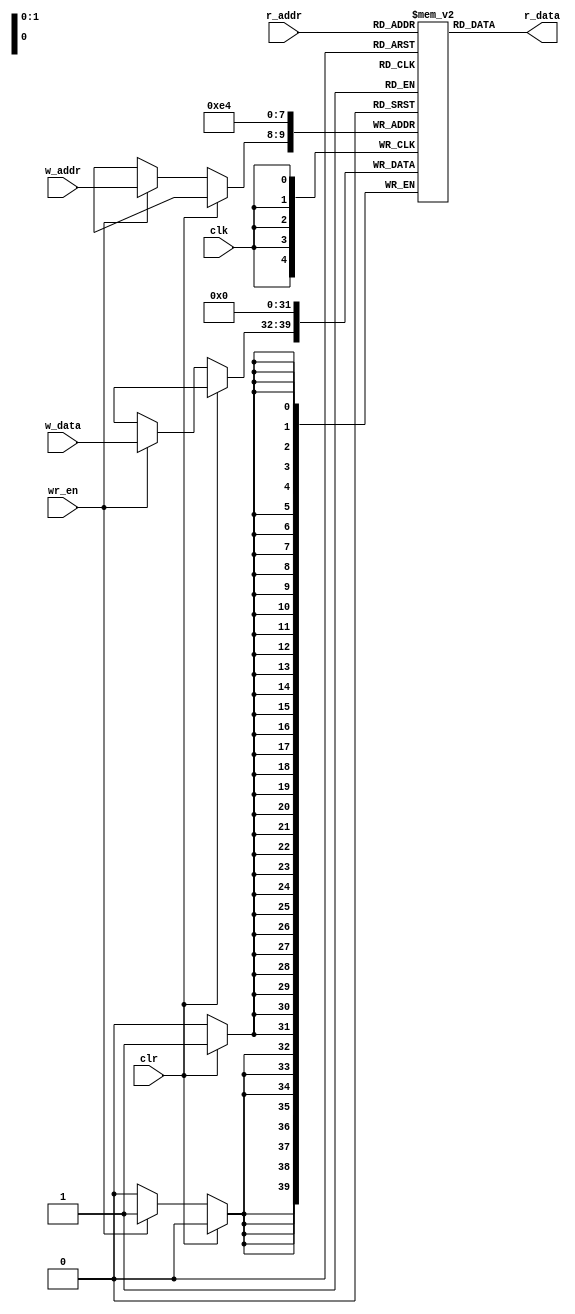
`timescale 1ns / 1ps

module reg_file 
#(parameter N = 8,W = 2) 
    (
         input  clk,clr,
         input  wr_en,      //write_enable
         input [W-1:0] w_addr,r_addr,
         input [N-1:0] w_data,
         output  [N-1:0]  r_data  
    );
      //register file with synchronous reset
        reg [N-1:0] array_reg[2**W-1:0];
        integer i;  //used for traversing the register
        always @(posedge clk) 
            if(clr) 
                for(i=0;i<2**W;i=i+1) array_reg[i]=0;
            else
                if(wr_en)
                array_reg[w_addr] <= w_data;
        assign r_data = array_reg[r_addr];
endmodule